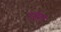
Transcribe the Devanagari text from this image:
उरागा